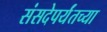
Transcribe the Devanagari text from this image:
संसदेपर्यंतच्या